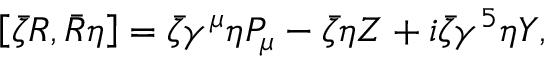
\left[ \bar { \zeta } { \cal R } , \bar { \cal R } \eta \right] = \bar { \zeta } \gamma ^ { \mu } \eta P _ { \mu } - \bar { \zeta } \eta Z + i \bar { \zeta } \gamma ^ { 5 } \eta Y ,